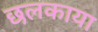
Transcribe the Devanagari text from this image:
छलकाया